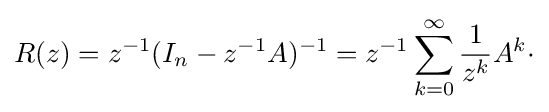
R(z)=z^{-1}(I_{n}-z^{-1}A)^{-1}=z^{-1}\sum _{k=0}^{\infty }{\frac {1}{z^{k}}}A^{k}\cdot